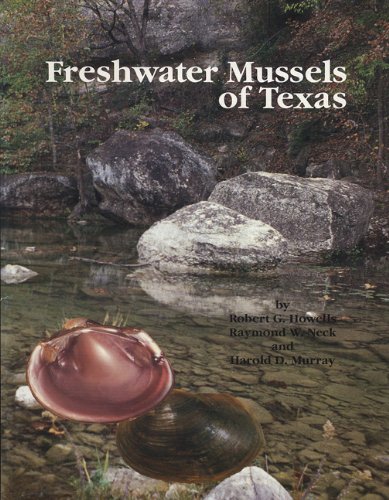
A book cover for Freshwater Mussels of Texas (Learn About Texas); Robert G. Howells; Science & Math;